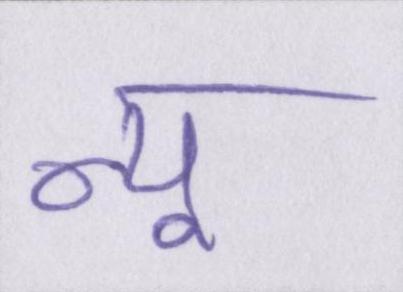
न्यू